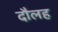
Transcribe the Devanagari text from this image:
दौलह